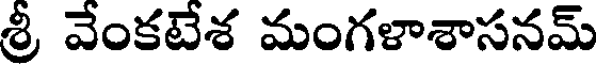
శ్రీ వేంకటేశ మంగళాశాసనమ్